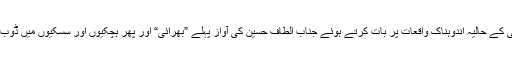
کراچی کے حالیہ اندوہناک واقعات پر بات کرتے ہوئے جناب الطاف حسین کی آواز پہلے ”بھرائی“ اور پھر ہچکیوں اور سسکیوں میں ڈوب گئی!